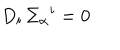
LaTeX: D _ { i } \, \Sigma _ { \alpha } { } ^ { i } = 0 \,